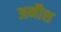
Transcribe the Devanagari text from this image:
अनौश